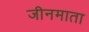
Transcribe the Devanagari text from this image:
जीनमाता